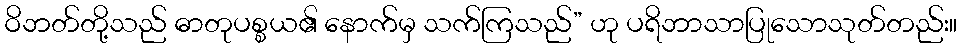
ဝိဘတ်တို့သည် ဓာတုပစ္စယ၏ နောက်မှ သက်ကြသည်” ဟု ပရိဘာသာပြုသောသုတ်တည်း။